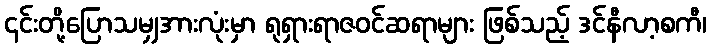
၎င်းတို့ပြောသမျှအားလုံးမှာ ရုရှားရာဇဝင်ဆရာများ ဖြစ်သည့် ဒင်နီလာ့စကီ၊